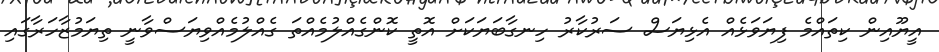
އީޔޫއިން ކިތައްމެ ފިޔަވަޅެއް އެޅިޔަސް ސަރުކާރު ހިނގާބަޔަކަށް އޮތީ ކޮންގެއްލުމެއްތަ ގެއްލުމެއްވިޔަސްވާނީ ތިޔަމުޒާހަރާގައި